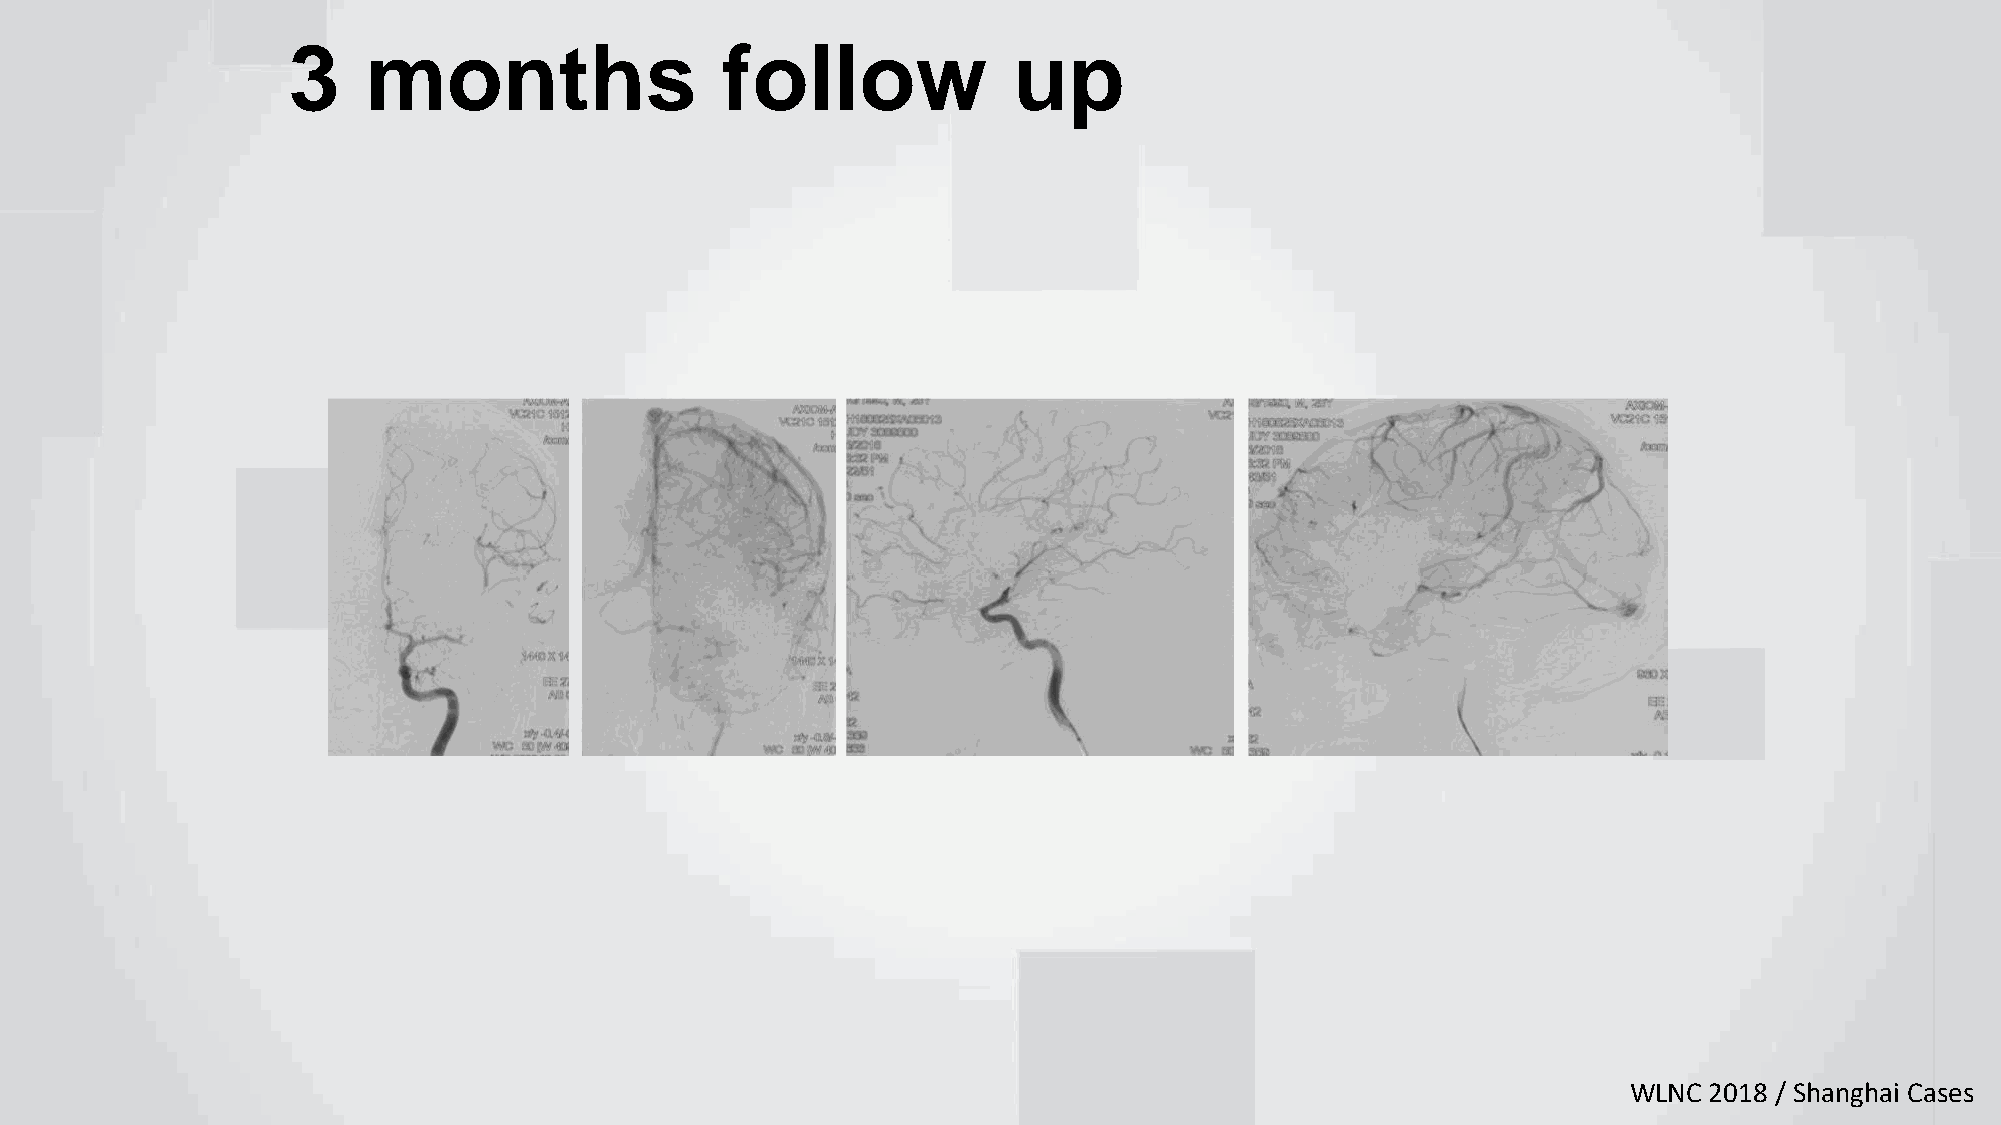
3    months                  follow             up
 WLNC 2018 / Shanghai Cases